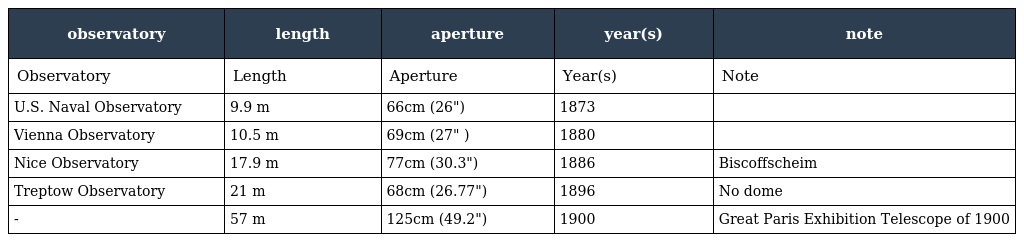
| observatory | length | aperture | year(s) | note |
 | --- | --- | --- | --- | --- |
 | Observatory | Length | Aperture | Year(s) | Note |
 | U.S. Naval Observatory | 9.9 m | 66cm (26") | 1873 |  |
 | Vienna Observatory | 10.5 m | 69cm (27" ) | 1880 |  |
 | Nice Observatory | 17.9 m | 77cm (30.3") | 1886 | Biscoffscheim |
 | Treptow Observatory | 21 m | 68cm (26.77") | 1896 | No dome |
 | - | 57 m | 125cm (49.2") | 1900 | Great Paris Exhibition Telescope of 1900 |